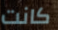
كانت